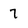
Character: 7